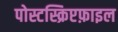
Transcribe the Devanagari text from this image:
पोस्टस्क्रिप्टफ़ाइल